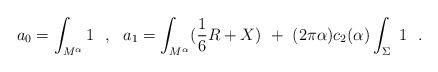
\begin{align*}a_0=\int_{M^{\alpha}}1~~,~~a_1=\int_{M^{\alpha}}({1\over 6}R+X)~+~(2\pi\alpha )c_2(\alpha )\int_{\Sigma} ~1~~.\end{align*}